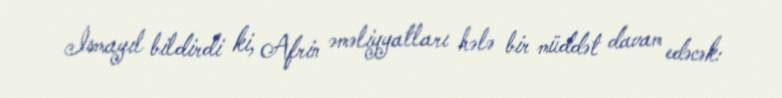
İsmayıl bildirdi ki, Afrin əməliyyatları hələ bir müddət davam edəcək: